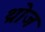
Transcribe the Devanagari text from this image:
थ्रोज